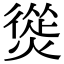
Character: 熧